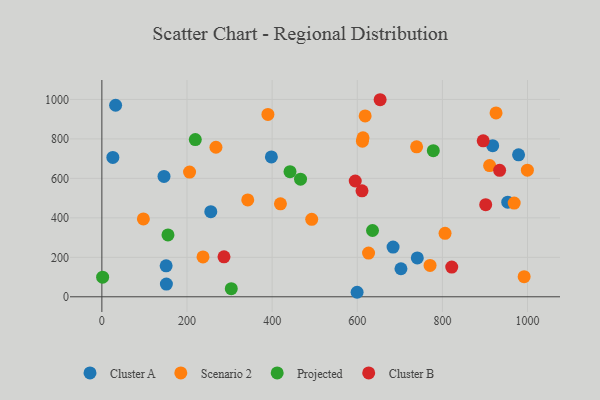
{"axis": {"x": "Speed", "y": "Rating"}, "legend": ["Cluster A", "Cluster B", "Projected", "Scenario 2"], "data": [{"x": "599.6", "y": 22.9, "type": "Cluster A"}, {"x": "741.0", "y": 196.9, "type": "Cluster A"}, {"x": "25.8", "y": 706.4, "type": "Cluster A"}, {"x": "151.6", "y": 64.7, "type": "Cluster A"}, {"x": "953.5", "y": 479.4, "type": "Cluster A"}, {"x": "918.1", "y": 765.8, "type": "Cluster A"}, {"x": "684.1", "y": 251.7, "type": "Cluster A"}, {"x": "32.3", "y": 970.5, "type": "Cluster A"}, {"x": "255.9", "y": 431.5, "type": "Cluster A"}, {"x": "151.0", "y": 157.0, "type": "Cluster A"}, {"x": "146.0", "y": 610.0, "type": "Cluster A"}, {"x": "398.2", "y": 708.9, "type": "Cluster A"}, {"x": "978.9", "y": 719.2, "type": "Cluster A"}, {"x": "702.6", "y": 142.0, "type": "Cluster A"}, {"x": "618.5", "y": 916.2, "type": "Scenario 2"}, {"x": "992.0", "y": 102.0, "type": "Scenario 2"}, {"x": "268.0", "y": 757.7, "type": "Scenario 2"}, {"x": "390.1", "y": 924.0, "type": "Scenario 2"}, {"x": "910.9", "y": 664.8, "type": "Scenario 2"}, {"x": "342.7", "y": 491.0, "type": "Scenario 2"}, {"x": "806.2", "y": 321.8, "type": "Scenario 2"}, {"x": "626.5", "y": 221.4, "type": "Scenario 2"}, {"x": "237.6", "y": 201.8, "type": "Scenario 2"}, {"x": "419.5", "y": 471.2, "type": "Scenario 2"}, {"x": "612.1", "y": 788.7, "type": "Scenario 2"}, {"x": "968.6", "y": 474.6, "type": "Scenario 2"}, {"x": "493.0", "y": 392.5, "type": "Scenario 2"}, {"x": "739.4", "y": 759.9, "type": "Scenario 2"}, {"x": "613.5", "y": 805.4, "type": "Scenario 2"}, {"x": "97.5", "y": 394.4, "type": "Scenario 2"}, {"x": "206.0", "y": 632.1, "type": "Scenario 2"}, {"x": "999.6", "y": 641.7, "type": "Scenario 2"}, {"x": "771.0", "y": 159.0, "type": "Scenario 2"}, {"x": "926.0", "y": 931.5, "type": "Scenario 2"}, {"x": "219.5", "y": 796.4, "type": "Projected"}, {"x": "155.3", "y": 313.4, "type": "Projected"}, {"x": "778.6", "y": 740.4, "type": "Projected"}, {"x": "304.0", "y": 40.9, "type": "Projected"}, {"x": "635.8", "y": 335.9, "type": "Projected"}, {"x": "466.7", "y": 596.2, "type": "Projected"}, {"x": "442.0", "y": 633.9, "type": "Projected"}, {"x": "1.8", "y": 99.3, "type": "Projected"}, {"x": "821.9", "y": 150.7, "type": "Cluster B"}, {"x": "895.8", "y": 790.5, "type": "Cluster B"}, {"x": "611.1", "y": 537.1, "type": "Cluster B"}, {"x": "901.7", "y": 466.9, "type": "Cluster B"}, {"x": "595.2", "y": 586.6, "type": "Cluster B"}, {"x": "934.4", "y": 640.7, "type": "Cluster B"}, {"x": "286.9", "y": 202.4, "type": "Cluster B"}, {"x": "653.7", "y": 998.5, "type": "Cluster B"}]}